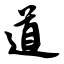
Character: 道